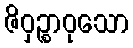
ဇိဝှဉ္စာဝုသော